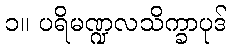
၁။ ပရိမဏ္ဍလသိက္ခာပုဒ်